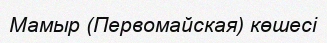
Мамыр (Первомайская) көшесі